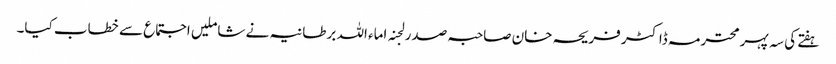
ہفتے کی سہ پہرمحترمہ ڈاکٹر فریحہ خان صاحبہ صدر لجنہ اماء اللہ برطانیہ نے شاملیں اجتماع سے خطاب کیا۔